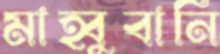
মাহ্বুবানি